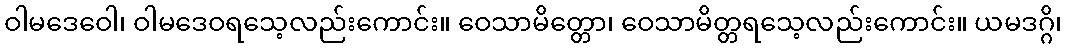
ဝါမဒေဝေါ၊ ဝါမဒေဝရသေ့လည်းကောင်း။ ဝေသာမိတ္တော၊ ဝေသာမိတ္တရသေ့လည်းကောင်း။ ယမဒဂ္ဂိ၊